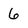
Character: 6